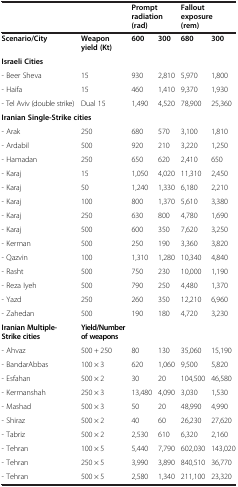
<table><thead><tr><td colspan="2"><b> </b></td><td colspan="2"><b>Prompt radiation (rad)</b></td><td colspan="2"><b>Fallout exposure (rem)</b></td></tr></thead><tbody><tr><td><b>Scenario/City</b></td><td><b>Weapon yield (Kt)</b></td><td><b>600</b></td><td><b>300</b></td><td><b>680</b></td><td><b>300</b></td></tr><tr><td><b>Israeli Cities</b></td><td> </td><td> </td><td> </td><td> </td><td> </td></tr><tr><td>- Beer Sheva</td><td>15</td><td>930</td><td>2,810</td><td>5,970</td><td>1,800</td></tr><tr><td>- Haifa</td><td>15</td><td>460</td><td>1,410</td><td>9,370</td><td>1,930</td></tr><tr><td>- Tel Aviv (double strike)</td><td>Dual 15</td><td>1,490</td><td>4,520</td><td>78,900</td><td>25,360</td></tr><tr><td colspan="6"><b>Iranian Single-Strike cities</b></td></tr><tr><td>- Arak</td><td>250</td><td>680</td><td>570</td><td>3,100</td><td>1,810</td></tr><tr><td>- Ardabil</td><td>500</td><td>920</td><td>210</td><td>3,220</td><td>1,250</td></tr><tr><td>- Hamadan</td><td>250</td><td>650</td><td>620</td><td>2,410</td><td>650</td></tr><tr><td>- Karaj</td><td>15</td><td>1,050</td><td>4,020</td><td>11,310</td><td>2,450</td></tr><tr><td>- Karaj</td><td>50</td><td>1,240</td><td>1,330</td><td>6,180</td><td>2,210</td></tr><tr><td>- Karaj</td><td>100</td><td>800</td><td>1,370</td><td>5,610</td><td>3,380</td></tr><tr><td>- Karaj</td><td>250</td><td>630</td><td>800</td><td>4,780</td><td>1,690</td></tr><tr><td>- Karaj</td><td>500</td><td>600</td><td>350</td><td>7,620</td><td>3,250</td></tr><tr><td>- Kerman</td><td>500</td><td>250</td><td>190</td><td>3,360</td><td>3,820</td></tr><tr><td>- Qazvin</td><td>100</td><td>1,310</td><td>1,280</td><td>10,340</td><td>4,840</td></tr><tr><td>- Rasht</td><td>500</td><td>750</td><td>230</td><td>10,000</td><td>1,190</td></tr><tr><td>- Reza Iyeh</td><td>500</td><td>790</td><td>250</td><td>4,480</td><td>1,370</td></tr><tr><td>- Yazd</td><td>250</td><td>260</td><td>350</td><td>12,210</td><td>6,960</td></tr><tr><td>- Zahedan</td><td>500</td><td>190</td><td>180</td><td>4,720</td><td>3,230</td></tr><tr><td><b>Iranian Multiple-Strike cities</b></td><td><b>Yield/Number of weapons</b></td><td> </td><td> </td><td> </td><td> </td></tr><tr><td>- Ahvaz</td><td>500 + 250</td><td>80</td><td>130</td><td>35,060</td><td>15,190</td></tr><tr><td>- BandarAbbas</td><td>100 × 3</td><td>620</td><td>1,060</td><td>9,500</td><td>5,820</td></tr><tr><td>- Esfahan</td><td>500 × 2</td><td>30</td><td>20</td><td>104,500</td><td>46,580</td></tr><tr><td>- Kermanshah</td><td>250 × 3</td><td>13,480</td><td>4,090</td><td>3,030</td><td>1,530</td></tr><tr><td>- Mashad</td><td>500 × 3</td><td>50</td><td>20</td><td>48,990</td><td>4,990</td></tr><tr><td>- Shiraz</td><td>500 × 2</td><td>40</td><td>60</td><td>26,230</td><td>27,620</td></tr><tr><td>- Tabriz</td><td>500 × 2</td><td>2,530</td><td>610</td><td>6,320</td><td>2,160</td></tr><tr><td>- Tehran</td><td>100 × 5</td><td>5,440</td><td>7,790</td><td>602,030</td><td>143,020</td></tr><tr><td>- Tehran</td><td>250 × 5</td><td>3,990</td><td>3,890</td><td>840,510</td><td>36,770</td></tr><tr><td>- Tehran</td><td>500 × 5</td><td>2,580</td><td>1,340</td><td>211,100</td><td>23,320</td></tr></tbody></table>